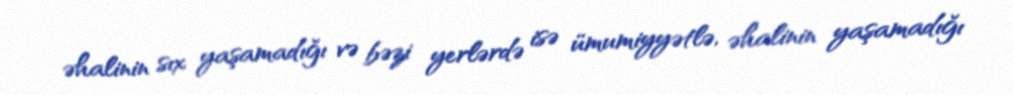
əhalinin sıx yaşamadığı və bəzi yerlərdə isə ümumiyyətlə, əhalinin yaşamadığı